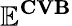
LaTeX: \mathbf{\mathbb{E}^{CVB}}